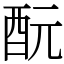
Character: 酛